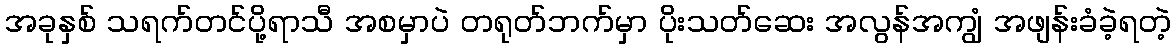
အခုနှစ် သရက်တင်ပို့ရာသီ အစမှာပဲ တရုတ်ဘက်မှာ ပိုးသတ်ဆေး အလွန်အကျွံ အဖျန်းခံခဲ့ရတဲ့